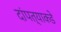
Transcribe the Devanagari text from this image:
दांपत्याकडे